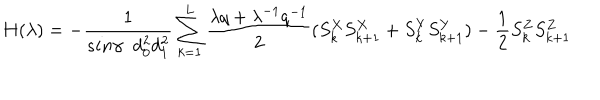
H ( { \lambda } ) = - \frac { 1 } { s i n \gamma \; \; d _ { 0 } ^ { 2 } d _ { 1 } ^ { 2 } } \sum _ { k = 1 } ^ { L } \frac { { \lambda } q + { \lambda } ^ { - 1 } q ^ { - 1 } } { 2 } ( S _ { k } ^ { X } S _ { k + 1 } ^ { X } + S _ { k } ^ { Y } S _ { k + 1 } ^ { Y } ) - \frac { 1 } { 2 } S _ { k } ^ { Z } S _ { k + 1 } ^ { Z }